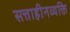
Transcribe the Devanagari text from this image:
सत्ताहीनव्यक्ति